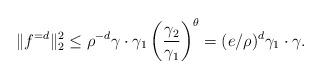
LaTeX: \begin{align*} \|f^{= d}\|_2^2 \leq \rho^{-d}\gamma \cdot \gamma_1 \left(\frac{\gamma_2}{\gamma_1}\right)^\theta = (e/\rho)^{d}\gamma_1\cdot \gamma. \end{align*}